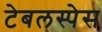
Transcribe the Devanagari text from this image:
टेबलस्पेस